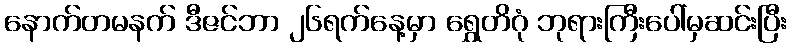
နောက်တမနက် ဒီဇင်ဘာ ၂၆ရက်နေ့မှာ ရွှေတိဂုံ ဘုရားကြီးပေါ်မှဆင်းပြီး